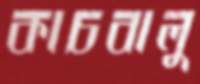
কাচবালু